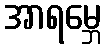
အာရမ္ဘေ